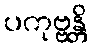
ပကုဗ္ဗန္တိ